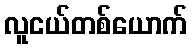
လူငယ်တစ်ယောက်